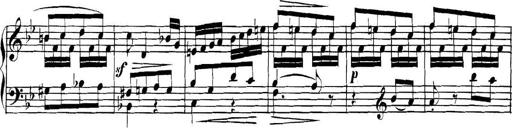
Title: Collected Piano Sonatas
Composer: Muzio Clementi